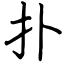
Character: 扑